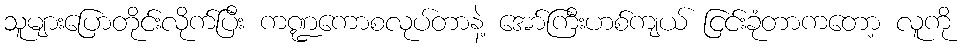
သူများပြောတိုင်းလိုက်ပြီး ကဏ္ဍကောစလုပ်တာနဲ့ အော်ကြီးဟစ်ကျယ် ငြင်းခုံတာကတော့ လူကို